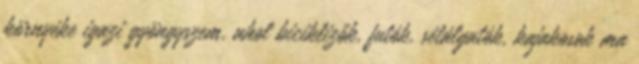
környéke igazi gyöngyszem, ahol biciklizők, futók, sétálgatók, kajakosok ma